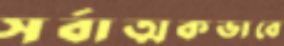
সর্বাত্মকভাবে